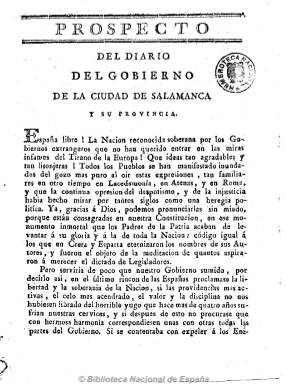
Título: Diario del gobierno de Salamanca y su provincia
Colección: Periódicos anteriores a 1850
Ámbito geográfico: Salamanca
Lugar de publicación: Salamanca
Fechas: 30/06/1813-21/09/1813

Después de permanecer el ejército napoleónico en Salamanca desde el inicio de 1809 hasta el 22 de julio de 1812 (Batalla de Arapiles) y constituidas por las Cortes de Cádiz las diputaciones provinciales, el uno de junio de 1813 empieza a publicarse este diario (sale también en domingo), autorizado por el Consejo de la Regencia, de carácter oficial y talante liberal y afín al citado consejo. Empieza a ser estampado en la imprenta de la Viuda de Toxar y, después, en la de Blanco, en números, generalmente, de cuatro páginas, numerados y con foliación seguida. Su redactor será Francisco Prieto Torres.

En su primera etapa editará 83 números, hasta mediados de septiembre de 1813, y tras el revés que sufre el general Wellington en Burgos, desaparecerá durante un tiempo. Gómez Ímaz señala que Prieto Torres redactará a continuación una efímera Gazeta de Salamanca, y tras ésta dos números del Semanario político y curioso de Salamanca, que en realidad es bisemanal, en enero de 1814.

El Diario volverá a publicarse desde el sábado ocho de enero de 1814 hasta el 26 de este mismo mes y año, pero ya sin frecuencia diaria, editando hasta trece números, asimismo numerados.

Publicará noticias de los acontecimientos bélicos tanto locales, como de España y de Europa, extractadas de periódicos y de otros papeles, sobre las que incluirá comentarios propios, así como partes militares, decretos de las Cortes, circulares y artículos comunicados, etc. En su segunda época se reflejará en sus páginas el enfrentamiento entre los liberales y los intransigentes absolutistas.